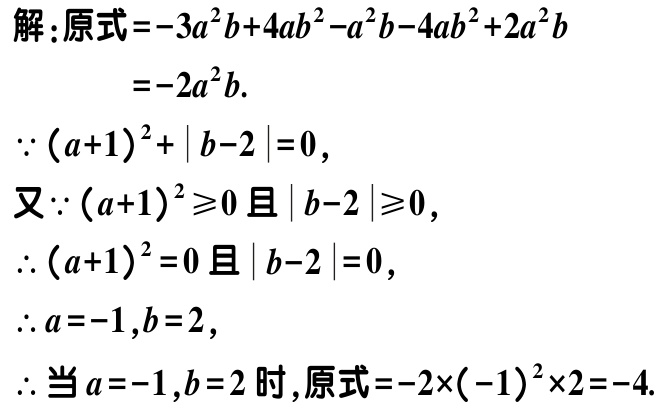
解：原式\(=-3a^{2}b + 4ab^{2}-a^{2}b - 4ab^{2}+2a^{2}b\)
\(=-2a^{2}b\).
\(\because (a + 1)^{2}+\vert b - 2\vert=0\)，
又\(\because (a + 1)^{2}\geq0\)且\(\vert b - 2\vert\geq0\)，
\(\therefore (a + 1)^{2}=0\)且\(\vert b - 2\vert=0\)，
\(\therefore a=-1,b = 2\)，
\(\therefore\)当\(a=-1,b = 2\)时，原式\(=-2\times(-1)^{2}\times2=-4\).